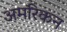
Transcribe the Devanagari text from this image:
अमरिकन